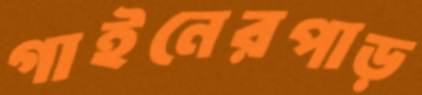
গাইনেরপাড়